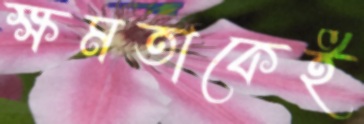
ক্ষমতাকেই